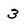
Character: 3